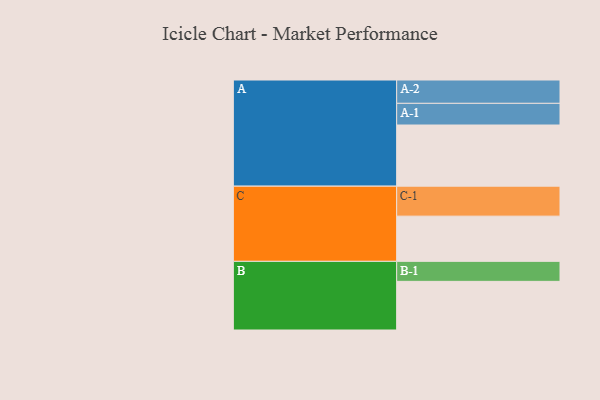
{"axis": {"x": "Segment", "y": "Value"}, "legend": ["", "A", "B", "C"], "data": [{"x": "A", "y": 590, "type": ""}, {"x": "B", "y": 469, "type": ""}, {"x": "C", "y": 436, "type": ""}, {"x": "A-1", "y": 209, "type": "A"}, {"x": "A-2", "y": 225, "type": "A"}, {"x": "B-1", "y": 193, "type": "B"}, {"x": "C-1", "y": 289, "type": "C"}]}